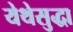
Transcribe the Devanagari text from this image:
येथेसुद्धा